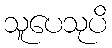
သူပေသုပိ